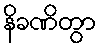
နိခဏိတွာ